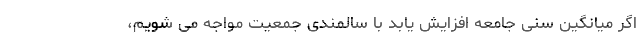
اگر میانگین سنی جامعه افزایش یابد با سالمندی جمعیت مواجه می شویم،